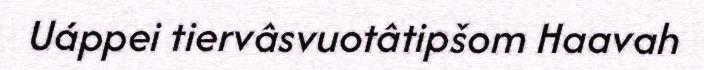
Uáppei tiervâsvuotâtipšom Haavah